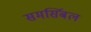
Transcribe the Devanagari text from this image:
समर्सिबल